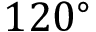
1 2 0 ^ { \circ }